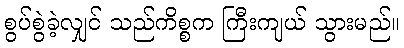
စွပ်စွဲခဲ့လျှင် သည်ကိစ္စက ကြီးကျယ် သွားမည်။